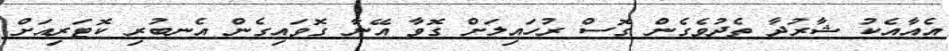
އެއާއެކު ޝާރުދާ ތެދުވެގެން ގޮސް ރުހައިލަށް ގޮވާ އޭނާ ގޮވައިގެން އެނބުރި ކޮޓަރިއަށް